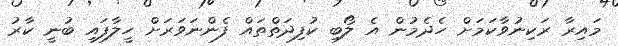
މައިރާ ރަކިނުވާކަމަށް ހެދެމުން އެ ލޯބި ކުފިދަތްތައް ފެންނަވަރަށް ހީލާފައި ބުނީ ކާރު